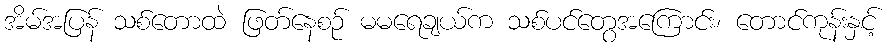
အိမ်အပြန် သစ်တောထဲ ဖြတ်နေစဉ် မမရေချယ်က သစ်ပင်တွေအကြောင်း၊ တောင်ကုန်းနှင့်